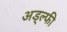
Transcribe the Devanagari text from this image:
अड्ल्फी